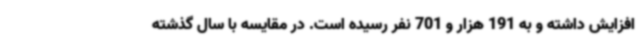
افزایش داشته و به 191 هزار و 701 نفر رسیده است. در مقایسه با سال گذشته